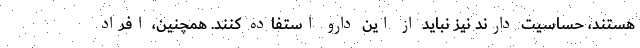
هستند، حساسیت دارند نیز نباید از این دارو استفاده کنند. همچنین، افراد